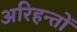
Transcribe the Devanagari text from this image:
अरिहन्तों